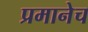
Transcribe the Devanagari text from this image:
प्रमानेच